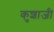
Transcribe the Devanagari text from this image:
कुशाजी